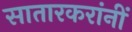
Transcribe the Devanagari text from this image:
सातारकरांनीं